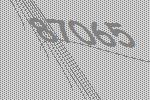
87065